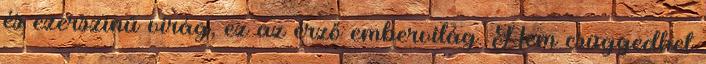
és ezerszínű virág, ez az érző embervilág. Nem csüggedhet